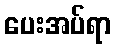
ပေးအပ်ရာ